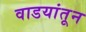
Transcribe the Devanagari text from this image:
वाडयांतून